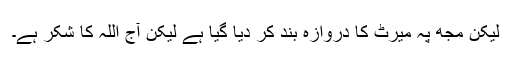
لیکن مجھ پہ میرٹ کا دروازہ بند کر دیا گیا ہے لیکن آج اللہ کا شکر ہے۔